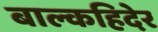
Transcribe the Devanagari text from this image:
बाल्कहिदेर